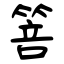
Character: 箁